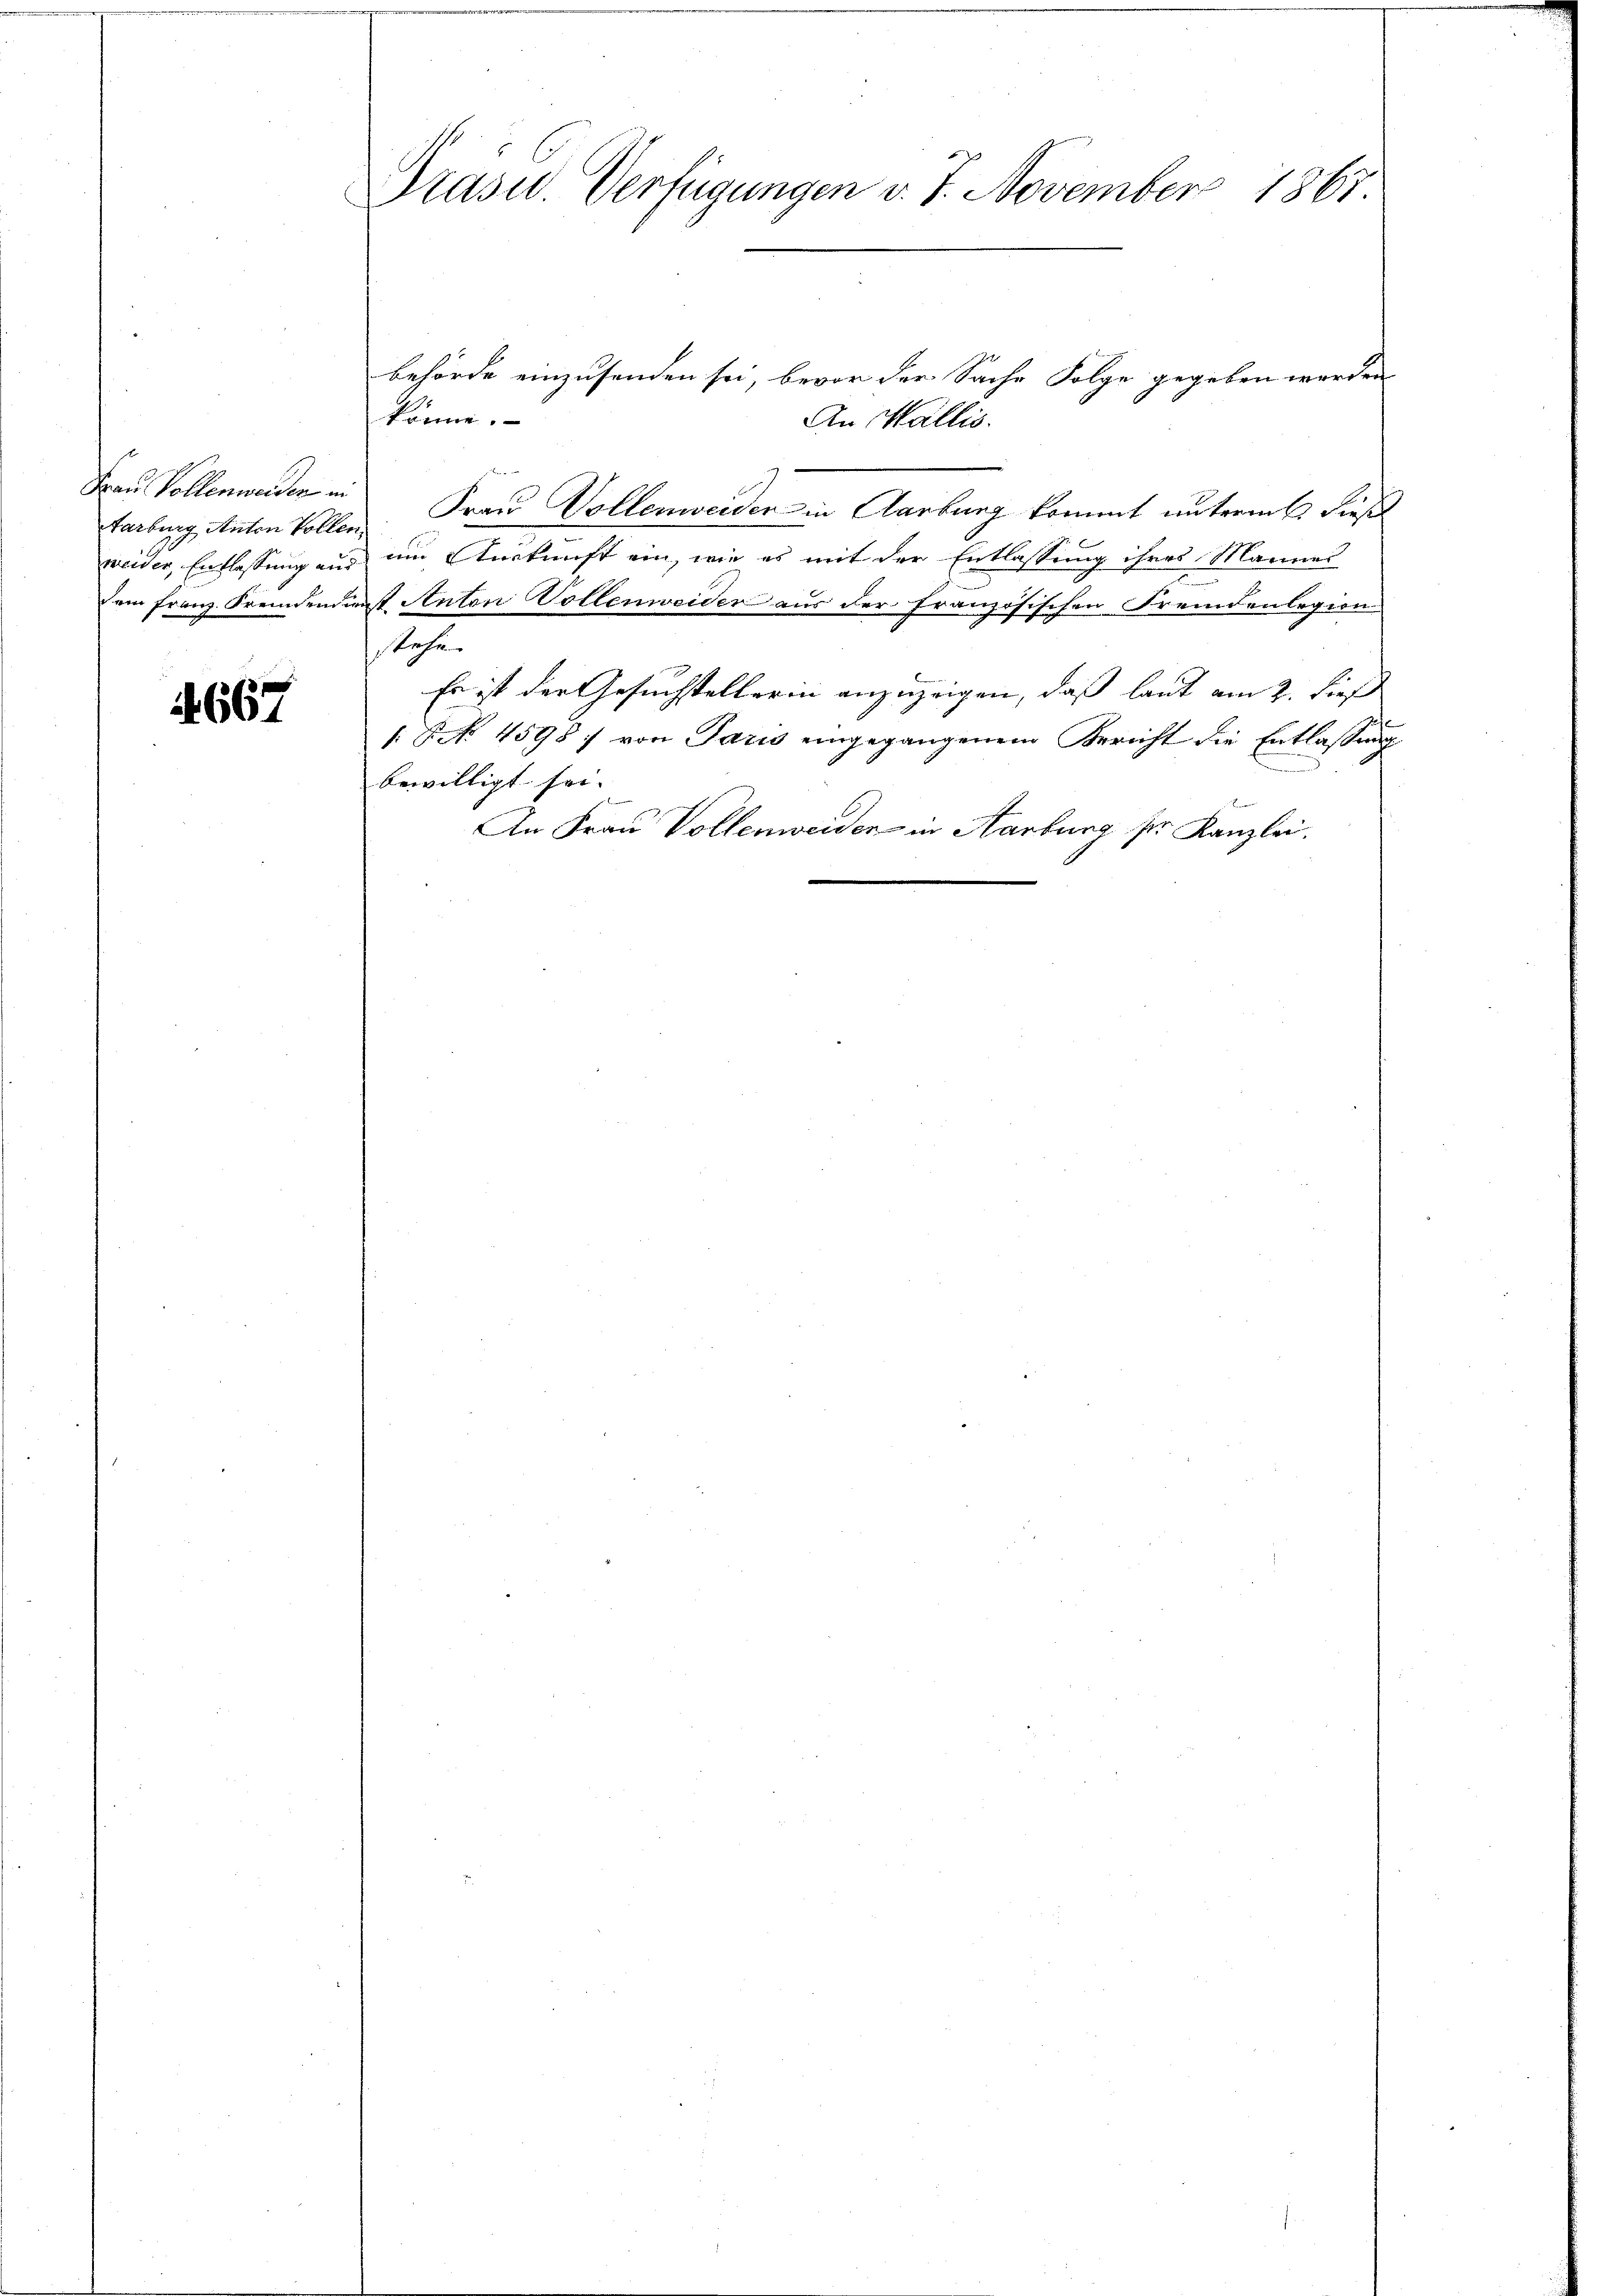
Aarburg Anton Voller
weider, Entlassung aus
dein Franz Fremden di

1667

Drasid. Verfügungen v. 7. November 1867.

behörde einzusenden sei, bevor der Sache Folge gegeben worden
könne.
An Wallis.
Frau Vollenweiden in Frau Vollenweider in Aarburg kommt untermes dieß
f
um Auskunft ein, wie es mit der Entlassung ihres Mannes
1
erst Anton Vollenweider aus der französischen Fremdenlegion
stehe.
Es ist der Gesuchstellerin anzuzeigen, daß laut am 2. dieß
[§ 4598) von Paris eingegangenem Bericht die Entlassung
bewilligt sei- |
An Frau Vollenweiden in Aarburg ser Kanzlei.